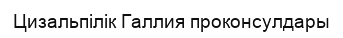
Цизальпілік Галлия проконсулдары